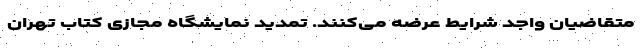
متقاضیان واجد شرایط عرضه می‌کنند. تمدید نمایشگاه مجازی کتاب تهران